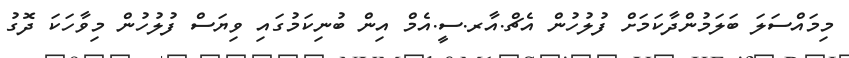
މިމައްސަލަ ބަލަމުންދާކަމަށް ފުލުހުން އެޗް.އާރ.ސީ.އެމް އިން ބުނިކަމުގައި ވިޔަސް ފުލުހުން މިވާހަކަ ދޮގު